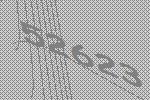
52623